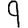
Digit: 9